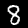
Digit: 8